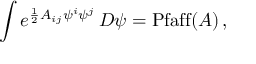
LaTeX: \int e ^ { { \frac { 1 } { 2 } } A _ { i j } \psi ^ { i } \psi ^ { j } } \, D \psi = \mathrm { P f a f f } ( A ) \, ,